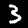
Digit: 3